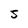
Character: 5